Scottish Leaving Certificate Examination, 1955
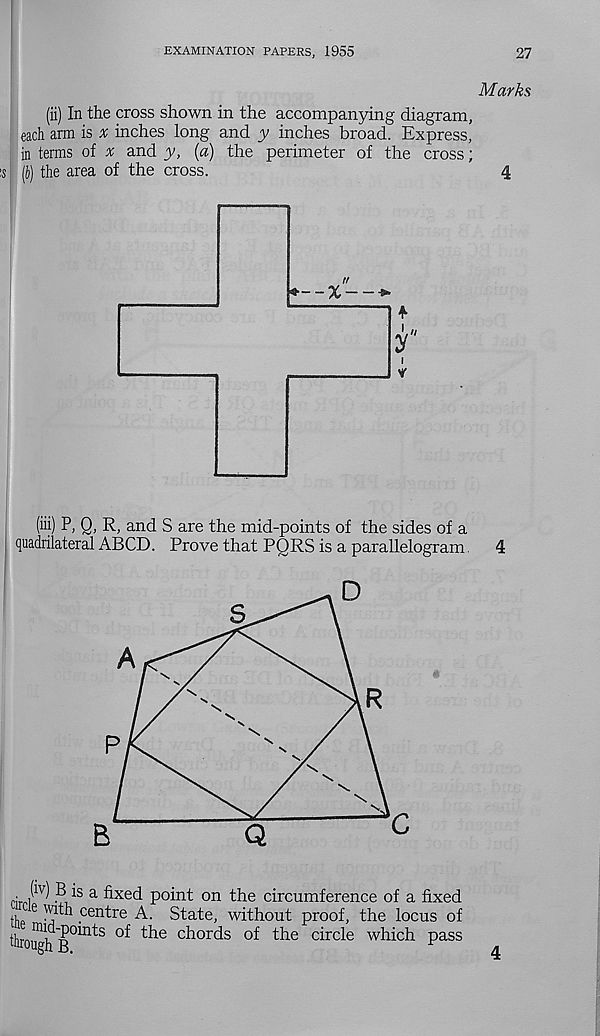
EXAMINATION PAPERS, 1955
27
Marks
(ii) In the cross shown in the accompanying diagram,
each arm is a; inches long and y inches broad. Express,
in terms of * and y, (a) the perimeter of the cross;
s 11}) the area of the cross.
4
tr
*--%—>■
f
//
V
2/
(iii) P, Q, R, and S are the mid-points of the sides of a
quadrilateral ABCD. Prove that PQRS is a parallelogram
4
s
A
R
Q
„• i lv ) ? a fixed point on the circumference of a fixed
Hip 6 vi , cen^re A. State, without proof, the locus of
'hrouh B°m tS
c^orc^s
^fi e circle which pass
4